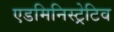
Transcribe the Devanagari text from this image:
एडमिनिस्ट्रेटिव